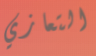
التعازي